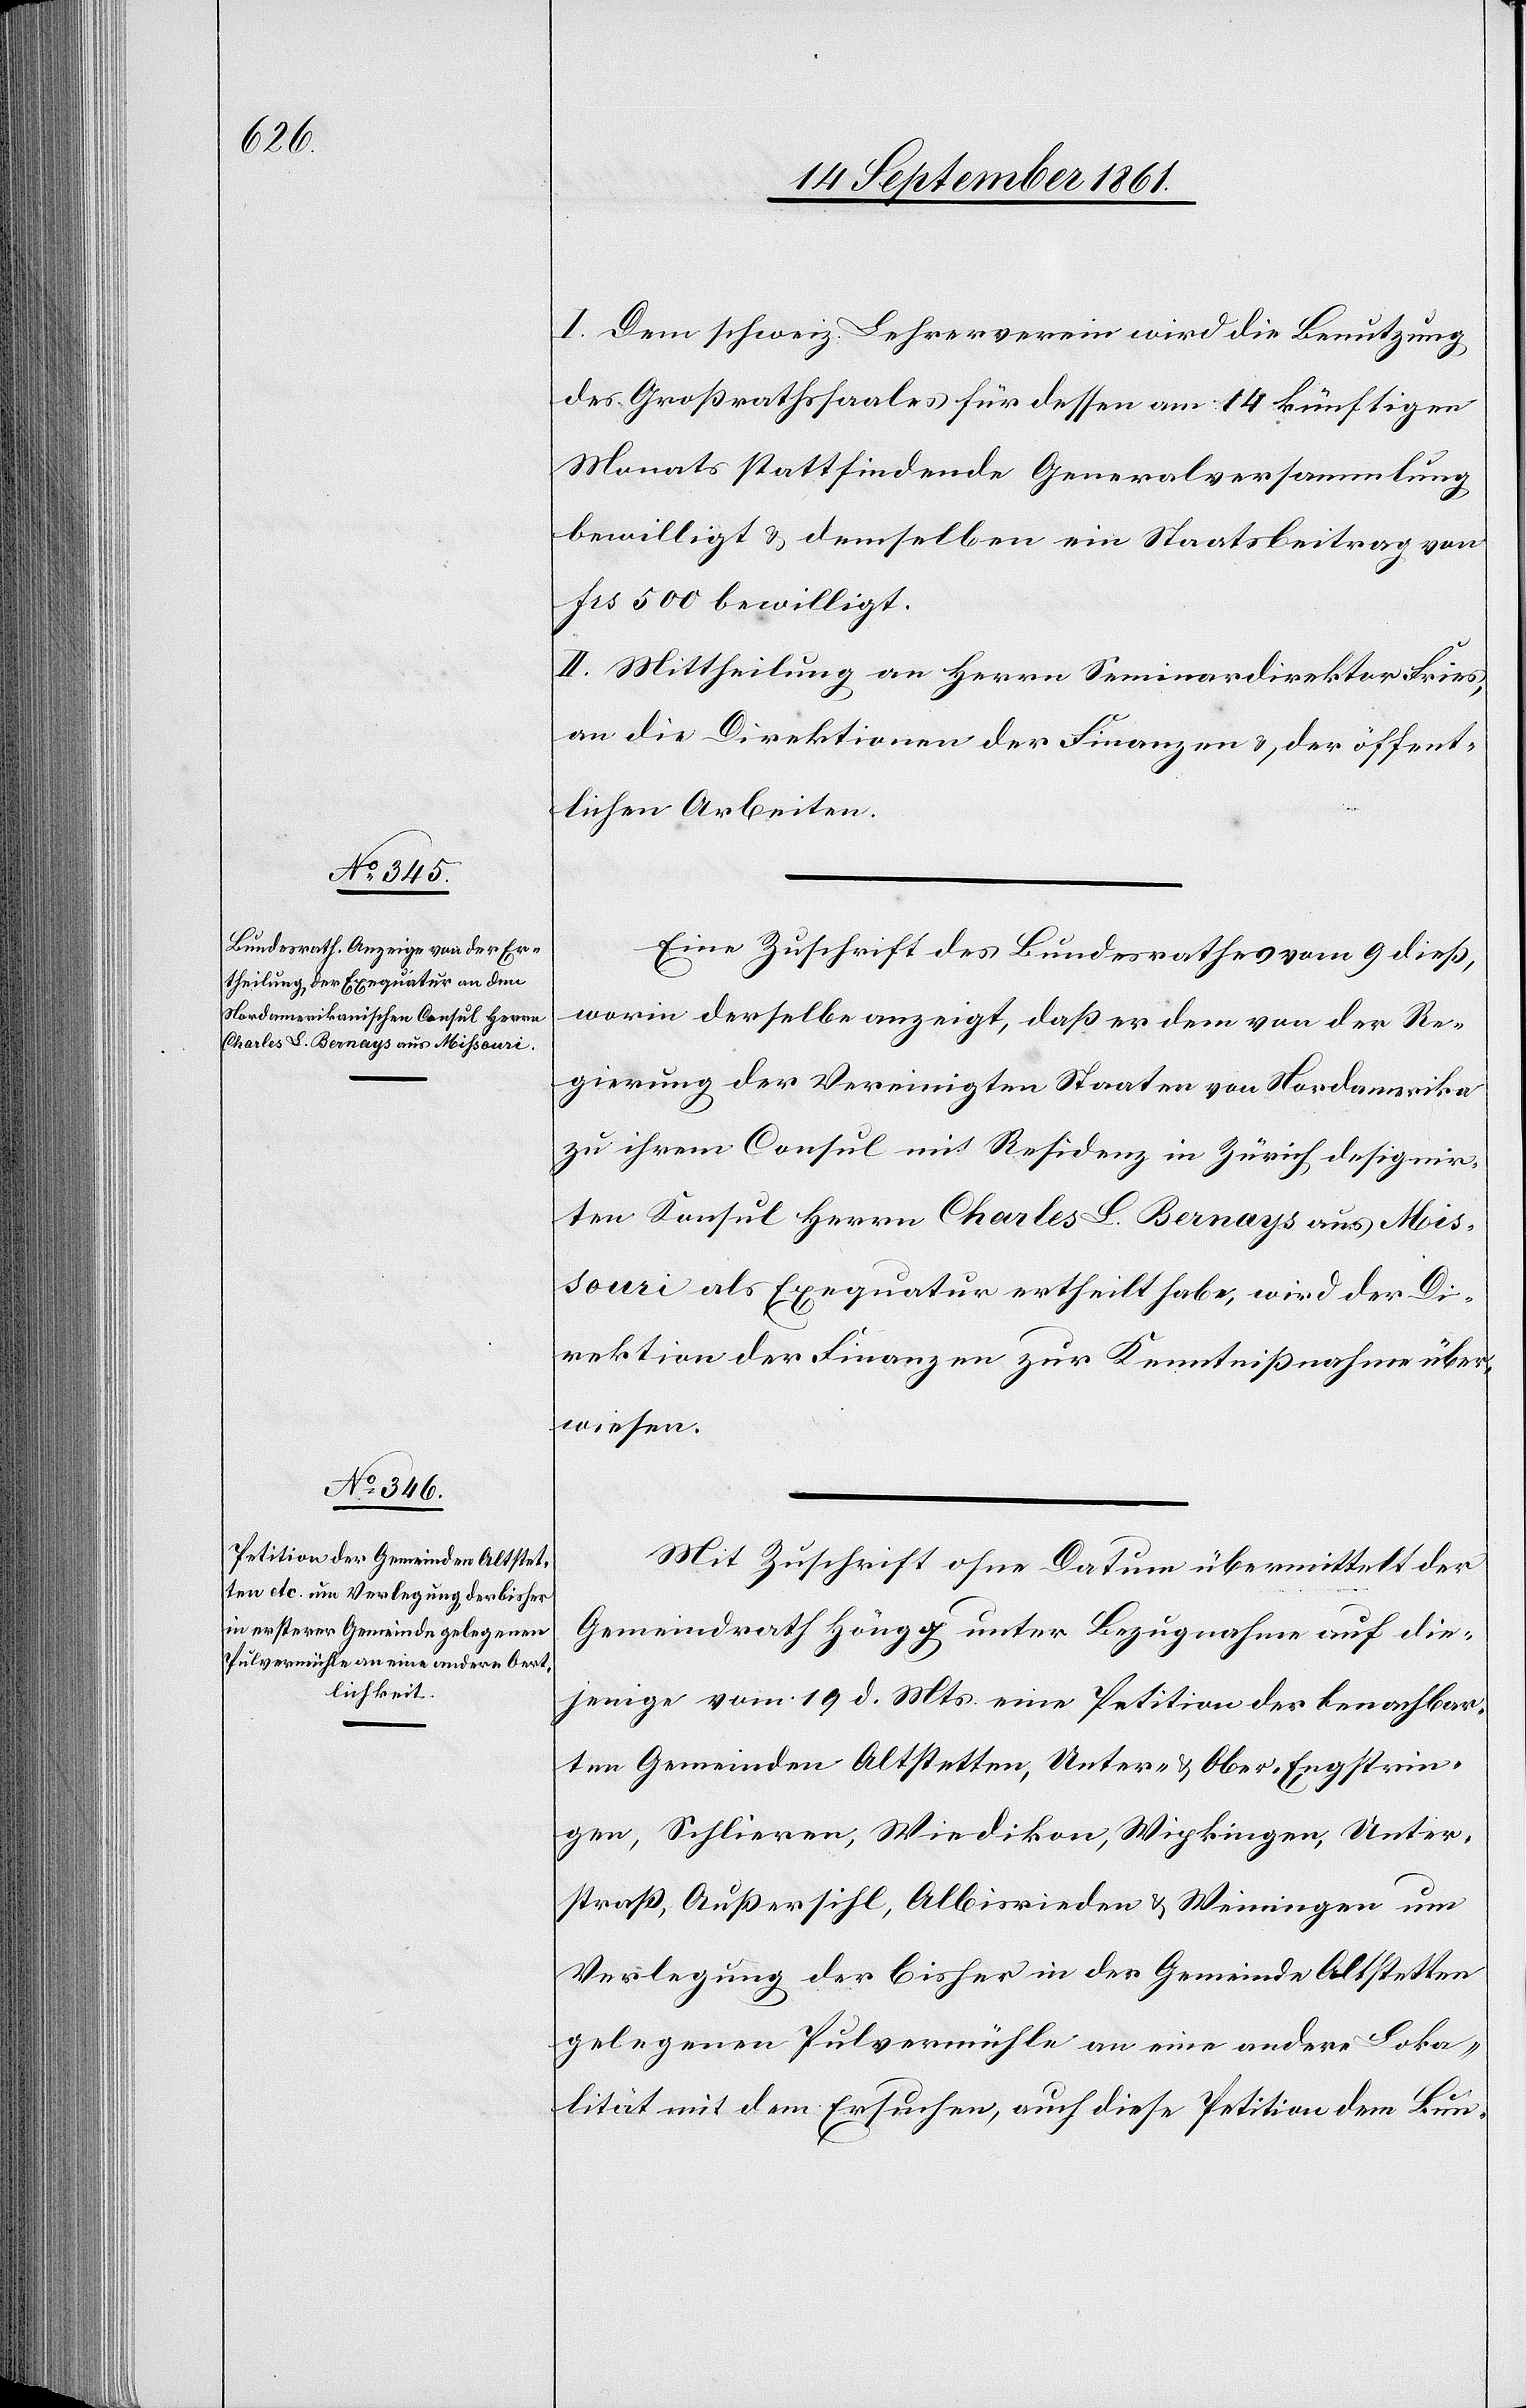
I. Dem schweiz. Lehrerverein wird die Benutzung
des Großrathssaales für dessen am 14 künftigen
Monats stattfindende Generalversammlung
bewilligt u. demselben ein Staatsbeitrag von
frs 500 bewilligt.
II. Mittheilung an Herrn Seminardirektor Fries,
an die Direktion der Finanzen, der öffent¬
lichen Arbeiten.
Eine Zuschrift des Bundesrathes vom 9 dieß,
worin derselbe anzeigt, daß er dem von der Re¬
gierung der Vereinigten Staaten von Nordamerika
zu ihrem Consul mit Residenz in Zürich designir¬
ten Konsul Herrn Charles L. Bernays aus Mis¬
souri als Exequatur ertheilt habe, wird der Di¬
rektion der Finanzen zur Kenntnißnahme über¬
wiesen.
Mit Zuschrift ohne Datum übermittelt der
Gemeindrath Höngg unter Bezugnahme auf die¬
jenige vom 19 d. Mts. eine Petition der benachbar¬
ten Gemeinden Altstetten, Unter- u. Ober-Engstrin¬
gen, Schlieren, Wiedikon, Wipkingen, Unter¬
straß, Außersihl, Albisrieden u. Weiningen um
Verlegung der bisher in der Gemeinde Altstetten
gelegenen Pulvermühle an eine andere Loka¬
lität mit dem Ersuchen, auch diese Petitionn dem Bun-